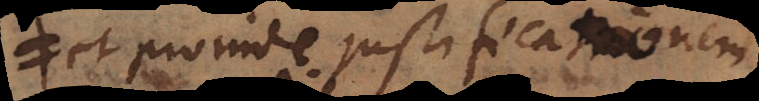
et proinde justificationem